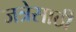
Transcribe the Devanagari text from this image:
जत्रेसाठी